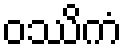
ဝဿိကံ